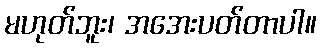
မဟုတ်ဘူး၊ အအေးပတ်တာပါ။